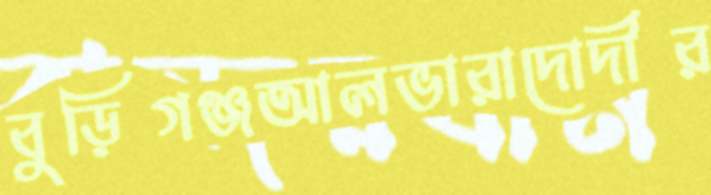
বুড়িগঞ্জআলভারাদোদীর